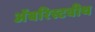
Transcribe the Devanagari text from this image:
अॅबरिस्टवीथ